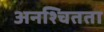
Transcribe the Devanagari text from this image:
अनश्चितता